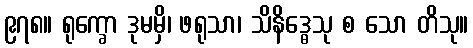
၉၇၈။ ရုက္ခော ဒုမမှိ၊ ဖရုသာ၊ သိနိဒ္ဓေသု စ သော တိသု။